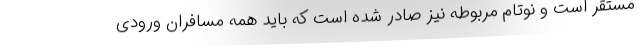
مستقر است و نوتام مربوطه نیز صادر شده است که باید همه مسافران ورودی